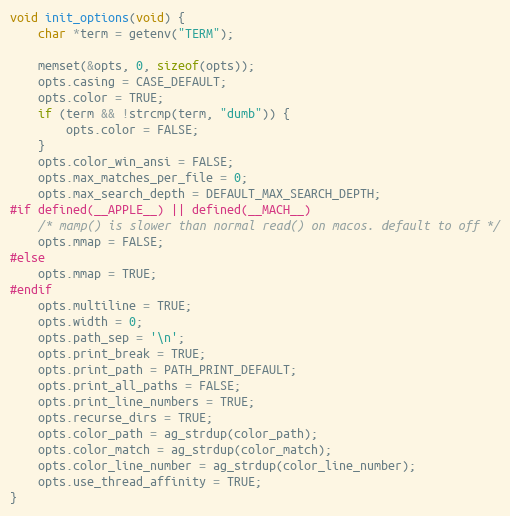
Language: C
void init_options(void) {
    char *term = getenv("TERM");

    memset(&opts, 0, sizeof(opts));
    opts.casing = CASE_DEFAULT;
    opts.color = TRUE;
    if (term && !strcmp(term, "dumb")) {
        opts.color = FALSE;
    }
    opts.color_win_ansi = FALSE;
    opts.max_matches_per_file = 0;
    opts.max_search_depth = DEFAULT_MAX_SEARCH_DEPTH;
#if defined(__APPLE__) || defined(__MACH__)
    /* mamp() is slower than normal read() on macos. default to off */
    opts.mmap = FALSE;
#else
    opts.mmap = TRUE;
#endif
    opts.multiline = TRUE;
    opts.width = 0;
    opts.path_sep = '\n';
    opts.print_break = TRUE;
    opts.print_path = PATH_PRINT_DEFAULT;
    opts.print_all_paths = FALSE;
    opts.print_line_numbers = TRUE;
    opts.recurse_dirs = TRUE;
    opts.color_path = ag_strdup(color_path);
    opts.color_match = ag_strdup(color_match);
    opts.color_line_number = ag_strdup(color_line_number);
    opts.use_thread_affinity = TRUE;
}